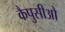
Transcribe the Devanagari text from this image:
कैपुसीओ